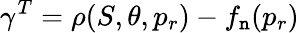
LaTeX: \gamma^{T}=\rho(S,\theta,p_{r})-f_{\mathtt{n}}(p_{r})